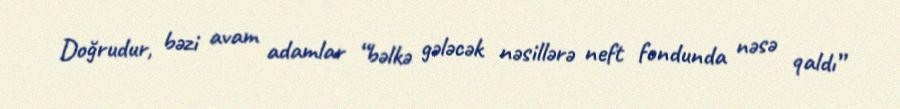
Doğrudur, bəzi avam adamlar “bəlkə gələcək nəsillərə neft fondunda nəsə qaldı”